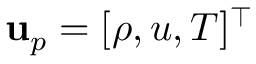
\mathbf { u } _ { p } = [ \rho , u , T ] ^ { \top }